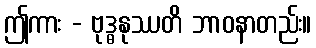
ဤကား - ဗုဒ္ဓနုဿတိ ဘာဝနာတည်း။